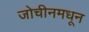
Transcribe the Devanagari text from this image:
जोचीनमधून